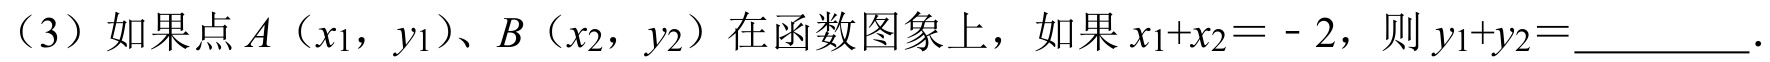
（3）如果点 \(A\)（\(x_{1}\)，\(y_{1}\)）、\(B\)（\(x_{2}\)，\(y_{2}\)）在函数图象上，如果 \(x_{1}+x_{2} = - 2\)，则 \(y_{1}+y_{2}=\)  ．